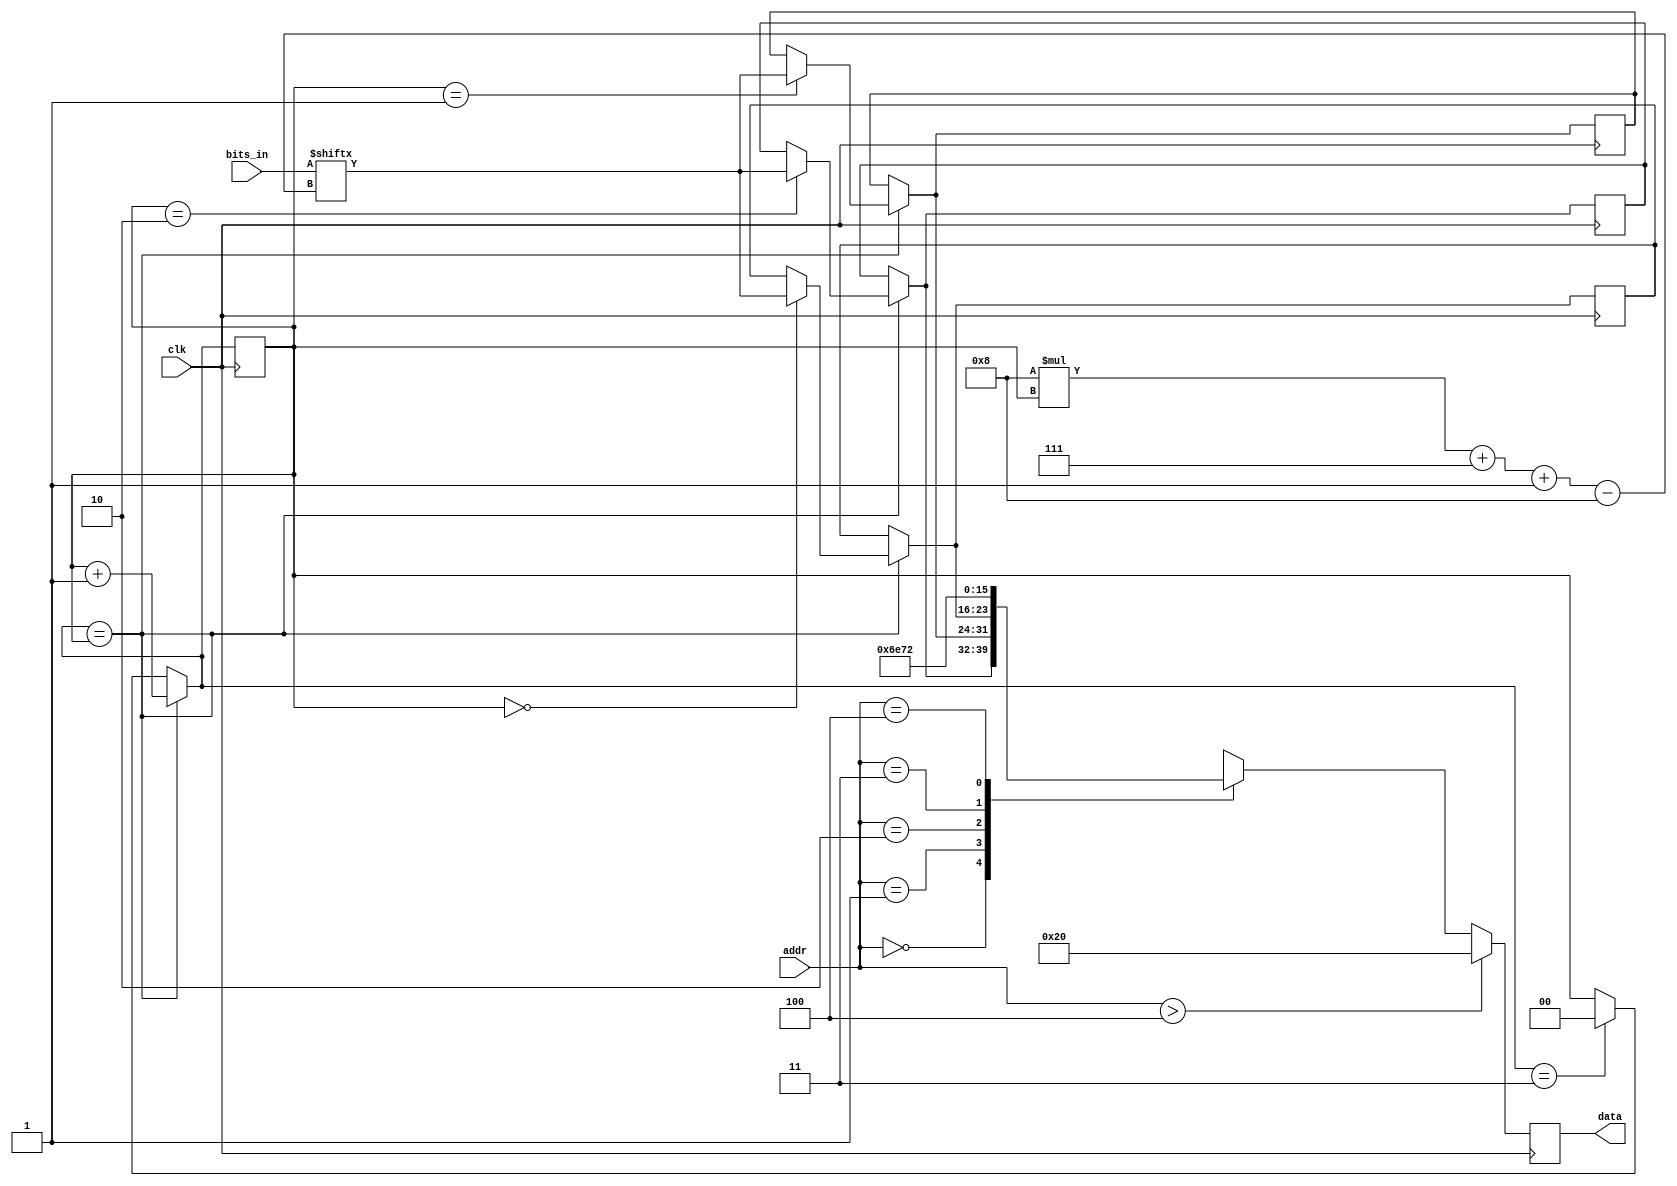
//version 2016-07-15
module message_rom (
    input clk,
    //keyboard input from message_printer module
    input [23:0] bits_in,
    input [2:0] addr,
    output [7:0] data
  );
 // wire [7:0] rom_data_q [9:0];
 //registers to store input
  reg [7:0] rom_data_d [0:2];
  reg [7:0] rom_data_q [0:2];
 //assign value of registers to wire
  wire [7:0] rom_wire [0:4];
  //internal counter for storing bytes
  reg [1:0] ctr_d, ctr_q;
  //this is the register used to store the current element to be output via "data" to message_printer
  reg [7:0] data_d, data_q;

  //THIS BLOCK KEEPS ADDING ALL SIGNALS TO SENSITIVITY LIST BUT I DON'T WANT THEM ALL IN SENSITIVITY LIST
  //when you get a keyboard value, increment a counter and assign those 8 bits (from bits_in) to a register
    always @(bits_in or ctr_q or ctr_d or ctr_d) begin
    
    if (ctr_d == ctr_q) begin
    //Default values just to prevent latches
    rom_data_d[2] = rom_data_q[2];
    rom_data_d[1] = rom_data_q[1];
    rom_data_d[0] = rom_data_q[0];
    //this is where you store keyboard input
    rom_data_d[ctr_q] = bits_in[8 * ctr_q + 7-:8];
    ctr_d = ctr_q + 2'd1; 
    end
    
    
    else if(ctr_d == 2'd3) begin
    ctr_d = 2'd0;
    rom_data_d[2] = rom_data_q[2];
    rom_data_d[1] = rom_data_q[1];
    rom_data_d[0] = rom_data_q[0];
    end
    
    else begin
    ctr_d = ctr_q;
    rom_data_d[2] = rom_data_q[2];
    rom_data_d[1] = rom_data_q[1];
    rom_data_d[0] = rom_data_q[0];
    //if the counter is full, reset it.  Otherwise, increment after each byte has been stored (3 keyboard bytes/inputs in the current design)
    //ctr_d = (ctr_d == 2'd3) ? 0 : ctr_q + 2'd1;
   end
 end
 
 
 
 //THIS IS WHERE THE BYTES GET REVERSED
 //continuously assign a value to the rom_wire.  When the full 3 bytes have been stored, message_printer shoudl signal this module to output them in reverse order
 assign rom_wire[0] = rom_data_d[2];
 assign rom_wire[1] = rom_data_d[1];
 assign rom_wire[2] = rom_data_d[0];
 assign rom_wire[3] = "\n";
 assign rom_wire[4] = "\r";

 //this is the element selector variable that the module needs to know which rom_wire element to output.
 assign data = data_q;
  
  always @(*) begin
    if (addr > 3'd4)
      data_d = " ";
    else
      data_d = rom_wire[addr];
  end
 
  always @(posedge clk) begin
    //can't assign a packed type to unpacked type so individual registers/elements must be selected for rom_data
    rom_data_q[2] <= rom_data_d[2];
    rom_data_q[1] <= rom_data_d[1];
    rom_data_q[0] <= rom_data_d[0];
    data_q <= data_d;
    ctr_q <= ctr_d;
 
  end
 
endmodule